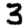
Digit: 3